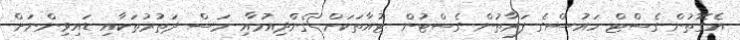
އެގޮތުން ގެސްޓް ހައުސްގެ ފަރާތުން ގެސްޓުން ޓުއާތަކަށް ގެންދިއުމާއި މަސް ދަތުރުތަކާއި ޑައިވިންނަށް